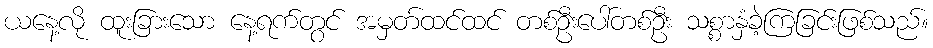
ယနေ့လို ထူးခြားသော နေ့ရက်တွင် အမှတ်ထင်ထင် တစ်ဦးပေါ်တစ်ဦး သစ္စာနှံခဲ့ကြခြင်းဖြစ်သည်။